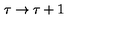
\tau \rightarrow \tau + 1